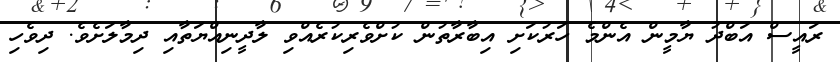
ރައީސް އަބްދު ޔާމީން އެންމެ ހަރުކަށި އިބާރާތުން ކުށްވެރިކުރެއްވި ލާދީނިއްޔަތާއި ދިމާލަށެވެ. ދިވެހި